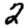
Digit: 2